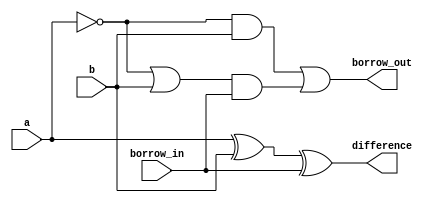
module full_subtractor (
    input a, // minuend
    input b, // subtrahend
    input borrow_in, 
    output reg difference,
    output reg borrow_out
);

always @(*) begin
    difference = a ^ b ^ borrow_in;
    borrow_out = (~a & b) | ((~a | b) & borrow_in);
end

endmodule